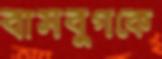
বাসবুগকে